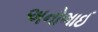
અનોભાઈ